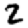
Digit: 2